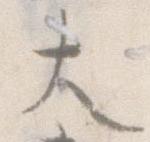
大